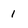
Character: 1